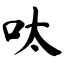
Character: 呔